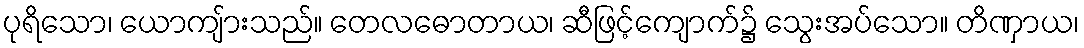
ပုရိသော၊ ယောကျ်ားသည်။ တေလဓောတာယ၊ ဆီဖြင့်ကျောက်၌ သွေးအပ်သော။ တိဏှာယ၊